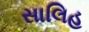
સાલિહ